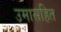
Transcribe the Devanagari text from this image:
उमासहित